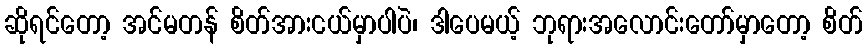
ဆိုရင်တော့ အင်မတန် စိတ်အားငယ်မှာပါပဲ၊ ဒါပေမယ့် ဘုရားအလောင်းတော်မှာတော့ စိတ်